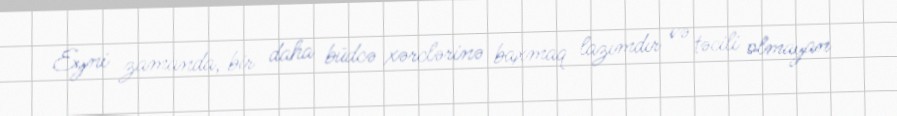
Eyni zamanda, bir daha büdcə xərclərinə baxmaq lazımdır və təcili olmayan